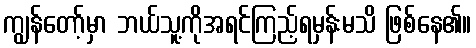
ကျွန်တော့်မှာ ဘယ်သူ့ကိုအရင်ကြည့်ရမှန်းမသိ ဖြစ်နေ၏။